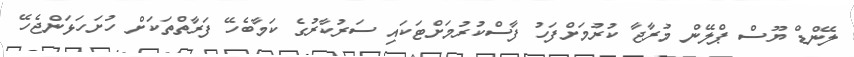
ލޭންޑް ޔޫސް ޕްލޭން މުރާޖާ ކުރުމަށްފަހު ފާސްކުރުމަށްޓަކައި ސަރުކާރުގެ ކަމާބެހޭ ފަރާތްތަކަށް ހުށަހަޅަންޖެހޭ